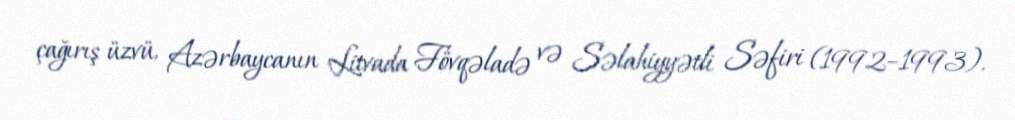
çağırış üzvü, Azərbaycanın Litvada Fövqəladə və Səlahiyyətli Səfiri (1992–1993).